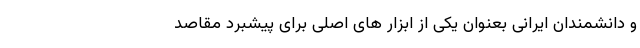
و دانشمندان ایرانی بعنوان یکی از ابزار های اصلی برای پیشبرد مقاصد